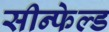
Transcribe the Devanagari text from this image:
सीन्फेल्ड